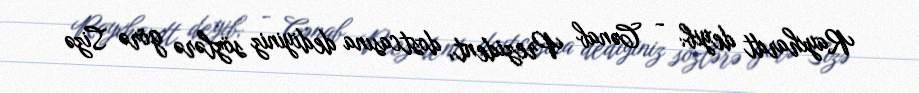
Rayxhardt deyib: - Cənab Prezident, dostcasına dediyiniz sözlərə görə Sizə